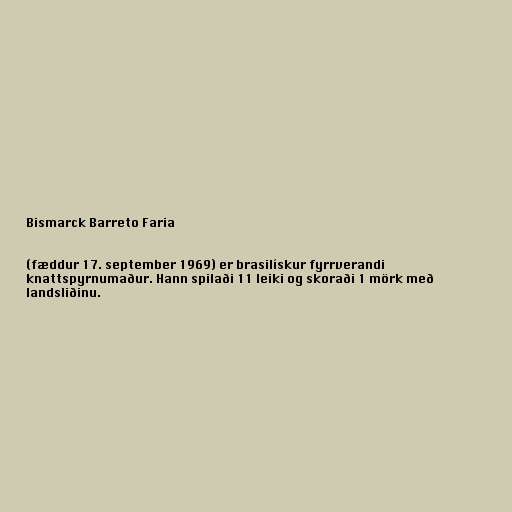
Bismarck Barreto Faria

(fæddur 17. september 1969) er brasilískur fyrrverandi
knattspyrnumaður. Hann spilaði 11 leiki og skoraði 1 mörk með
landsliðinu.